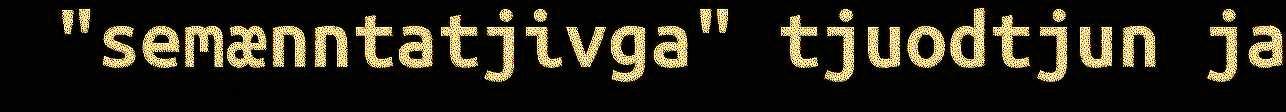
"semænntatjivga" tjuodtjun ja